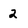
Character: 2